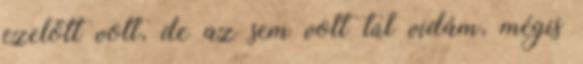
ezelőtt volt, de az sem volt túl vidám, mégis